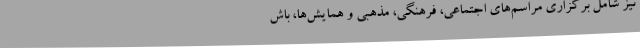
نیز شامل برگزاری مراسم‌های اجتماعی، فرهنگی، مذهبی و همایش‌ها، باش